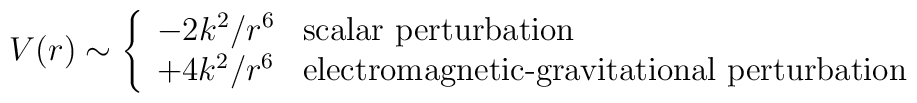
V(r) \sim \left\{ \begin{array}{cl}                      -2k^2 / r^6 & \textrm{scalar perturbation} \\              +4k^2 / r^6 & \textrm{electromagnetic-gravitational perturbation}              \end{array} \right.